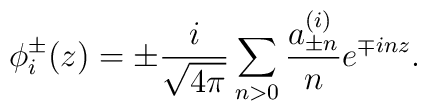
\phi_i^\pm(z)=\pm\frac{i}{\sqrt{4\pi}}\sum_{n>0}\frac{a_{\pm n}^{(i)}}{n}e^{\mp inz}.